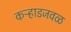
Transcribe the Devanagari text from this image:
कऱ्हाडजवळ